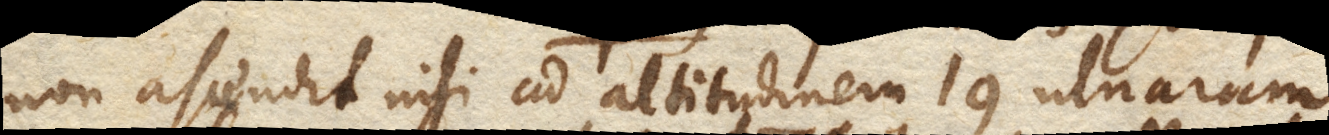
non ascendit nisi ad altitudinem 19 ulnarum